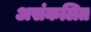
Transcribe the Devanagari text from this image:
असंकलित